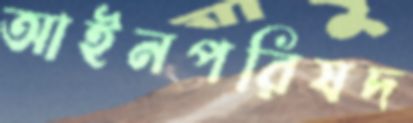
আইনপরিষদ